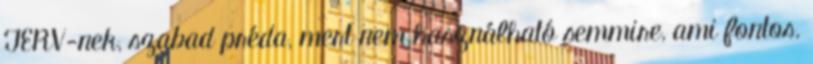
TERV-nek, szabad préda, mert nem használható semmire, ami fontos.